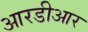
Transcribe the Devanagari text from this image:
आरडीआर